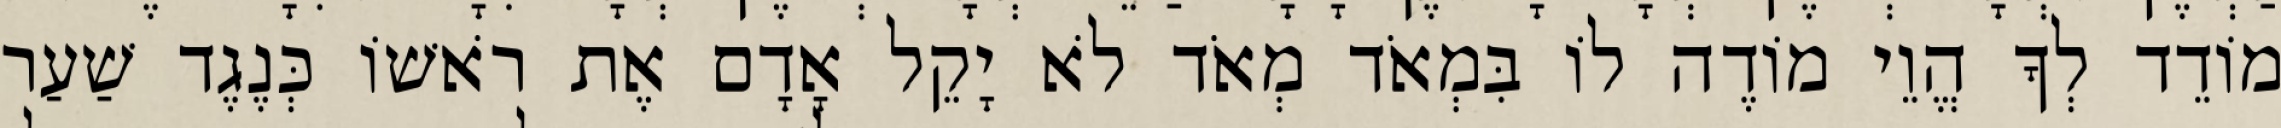
מוֹדֵד לְךָ הֱוֵי מוֹדֶה לוֹ בִּמְאֹד מְאֹד לֹא יָקֵל אָדָם אֶת רֹאשׁוֹ כְּנֶגֶד שַׁעַר